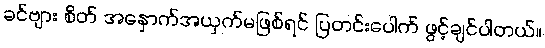
ခင်ဗျား စိတ် အနှောက်အယှက်မဖြစ်ရင် ပြတင်းပေါက် ဖွင့်ချင်ပါတယ်။